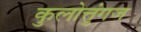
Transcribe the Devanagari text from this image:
कुलोत्तुंगज